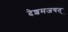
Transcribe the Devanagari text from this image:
देशमजयत्